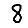
Digit: 8